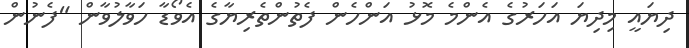
ދިޔައީ މިދިޔަ އަހަރުގެ އެންމެ މޮޅު އަންހެން ފެތުންތެރިޔާގެ އެވޯޑާ ހަވާލުވާން "ފެނުން